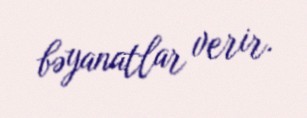
bəyanatlar verir.